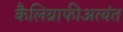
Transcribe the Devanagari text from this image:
कैलिग्राफीअत्यंत